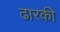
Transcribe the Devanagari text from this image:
ढारकी